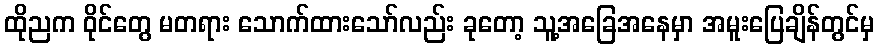
ထိုညက ဝိုင်တွေ မတရား သောက်ထားသော်လည်း ခုတော့ သူ့အခြေအနေမှာ အမူးပြေချိန်တွင်မှ